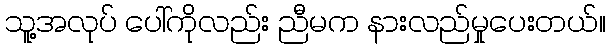
သူ့အလုပ် ပေါ်ကိုလည်း ညီမက နားလည်မှုပေးတယ်။